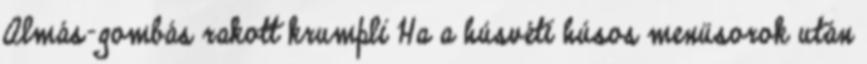
Almás-gombás rakott krumpli Ha a húsvéti húsos menüsorok után